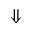
\Downarrow